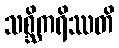
သစ္ဆိကရိဿတိ